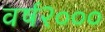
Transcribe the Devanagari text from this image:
वर्ष२०००